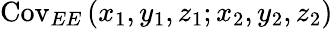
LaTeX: \mathrm{Cov}_{EE}\left(x_{1},y_{1},z_{1};x_{2},y_{2},z_{2}\right)